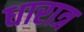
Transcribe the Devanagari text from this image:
धारात्र